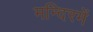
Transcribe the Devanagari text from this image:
मन्दिरमें